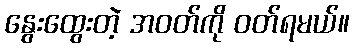
နွေးထွေးတဲ့ အဝတ်ကို ဝတ်ရမယ်။